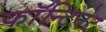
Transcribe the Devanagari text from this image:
काॅन्टिनेट